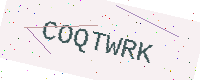
Text: COQTWRK